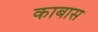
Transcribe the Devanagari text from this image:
काबास